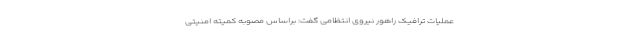
عملیات ترافیک راهور نیروی انتظامی گفت: براساس مصوبه کمیته امنیتی